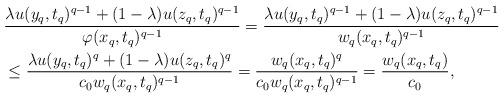
LaTeX: \begin{align*}\begin{aligned}&\frac{\lambda u(y_q, t_q)^{q-1}+(1-\lambda) u(z_q, t_q)^{q-1}}{\varphi(x_q, t_q)^{q-1}}=\frac{\lambda u(y_q, t_q)^{q-1}+(1-\lambda) u(z_q, t_q)^{q-1}}{w_q(x_q, t_q)^{q-1}}\\&\leq \frac{\lambda u(y_q, t_q)^{q}+(1-\lambda) u(z_q, t_q)^{q}}{c_0w_q(x_q, t_q)^{q-1}}= \frac{w_q(x_q, t_q)^q}{c_0w_q(x_q, t_q)^{q-1}}=\frac{w_q(x_q, t_q)}{c_0},\end{aligned}\end{align*}